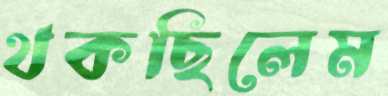
থকছিলেম